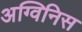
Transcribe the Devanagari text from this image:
अग्विनिस